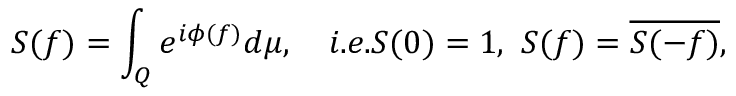
S ( f ) = \int _ { Q } e ^ { i \phi ( f ) } d \mu , \quad i . e . S ( 0 ) = 1 , \, \, S ( f ) = \overline { { { S ( - f ) } } } , \nonumber